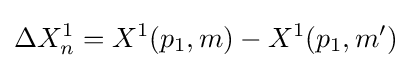
\Delta X_{n}^{1}=X^{1}(p_{1},m)-X^{1}(p_{1},m')